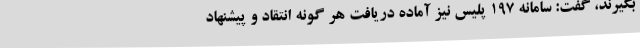
بگیرند، گفت: سامانه 197 پلیس نیز آماده دریافت هر گونه انتقاد و پیشنهاد